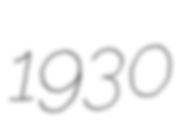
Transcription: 1930